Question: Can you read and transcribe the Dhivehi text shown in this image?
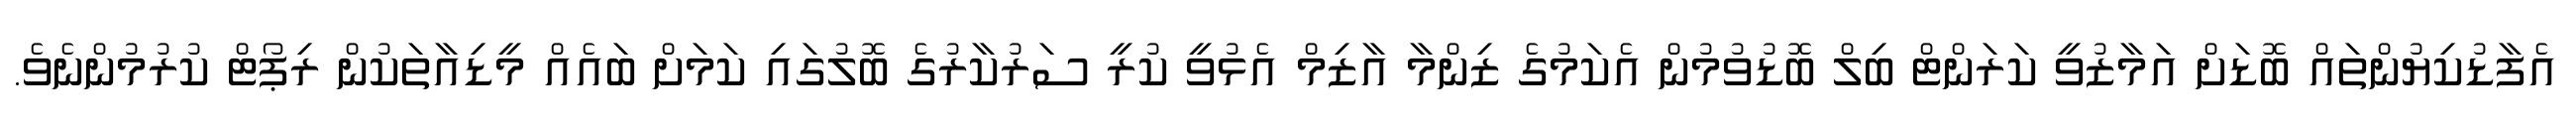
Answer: އެފާޑުކިޔުންތައް ބޮޑަށް އަމާޒުވީ ކަރަންޓް ބިލް ބޮޑުވުމުން އެކަމުގެ ޒިންމާ އާޒިމް އެޅުވީ ކުރީ ސަރުކާރުގެ ބޮލުގައި ކަމަށް ބައެއް މީޑިއާތަކުން ރިޕޯޓް ކުރުމުންނެވެ.